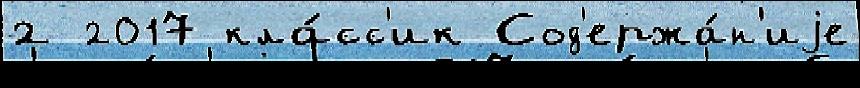
2 2017 кла́сс'ик Сод'ержа́н'иjе